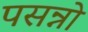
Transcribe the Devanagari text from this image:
पसन्नो